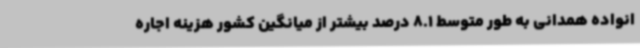
انواده همدانی به طور متوسط 8.1 درصد بیشتر از میانگین کشور هزینه اجاره